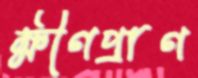
ক্ষীণপ্রাণ